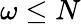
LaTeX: \omega\leq N